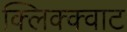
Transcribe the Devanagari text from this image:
क्लिक्क्वाट